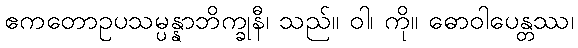
ဧကတောဥပသမ္ပန္နာဘိက္ခုနီ၊ သည်။ ဝါ၊ ကို။ ဓောဝါပေန္တဿ၊